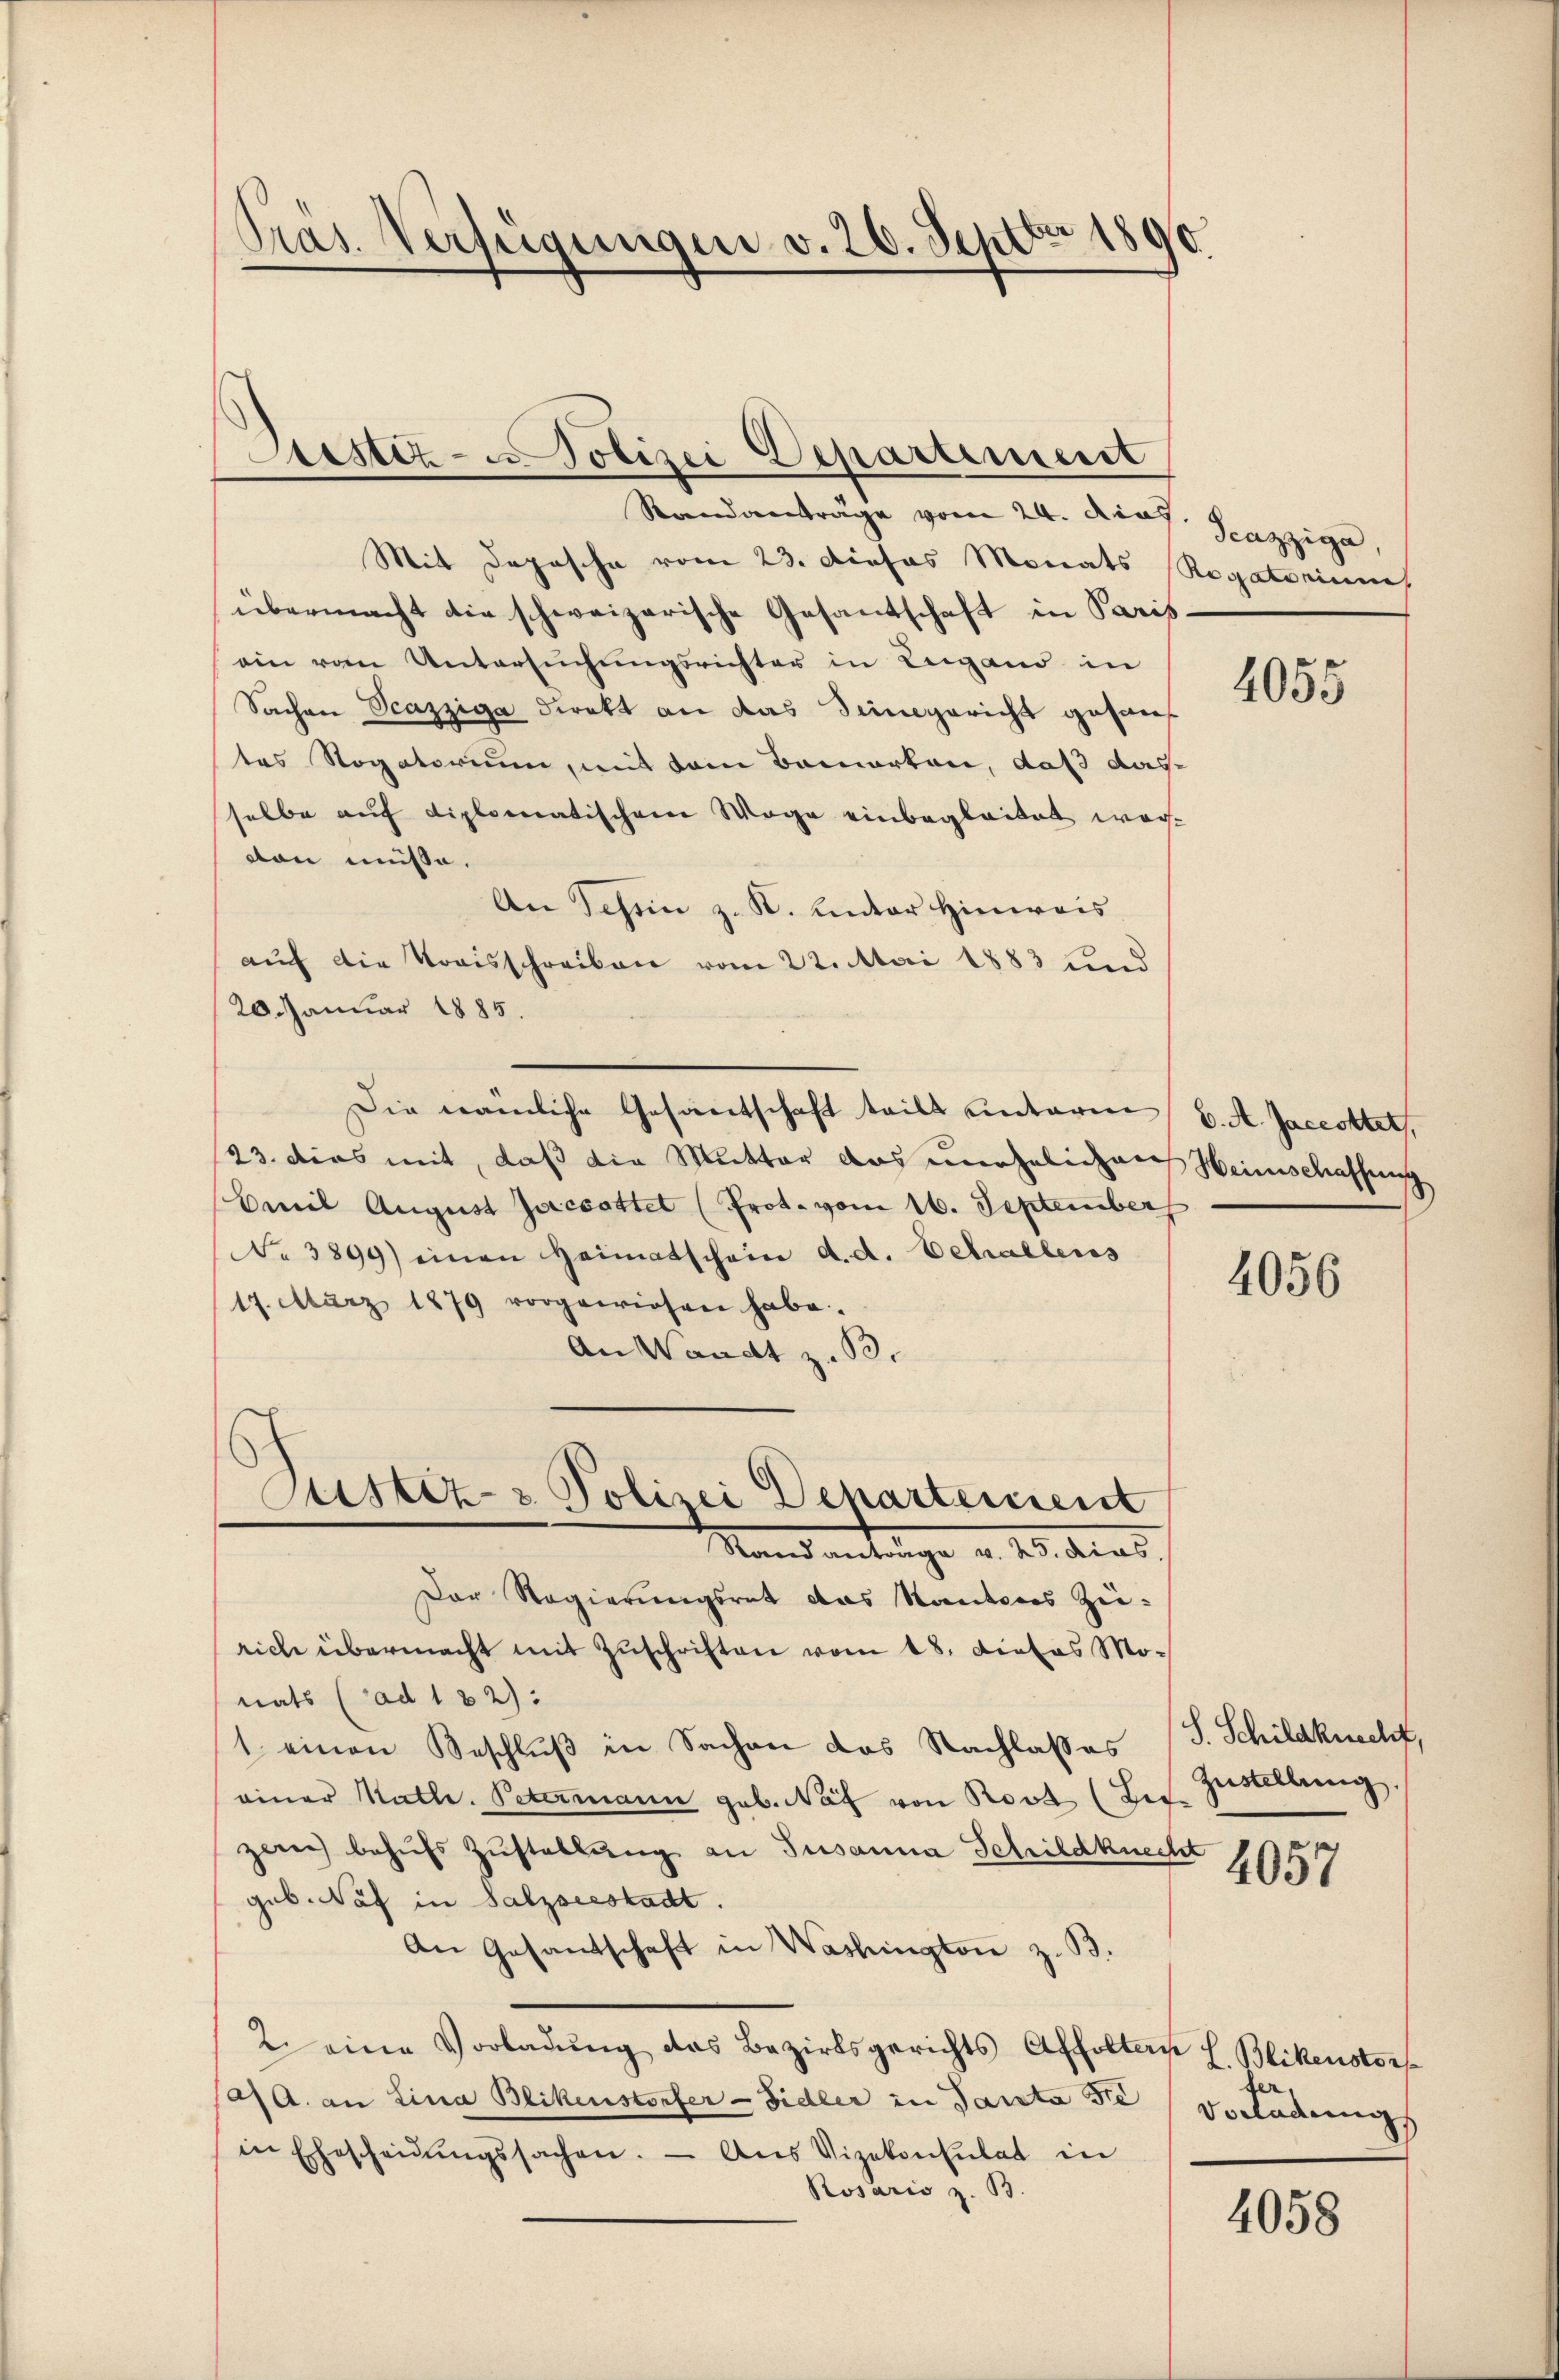
Pras. Verfügungen v. 26. Septbr 1890.

Standanträge vom 24. Das Satzige,
Mit Depesche vom 23. Dieses Monats
übermacht die schweizerische Gesantschaft in Paris.
ein vom Untersŭchŭngsrichter in Lugano in
Sachen Scazziga direkt an das Singericht gesantes Rogatorium, mit dem Bamorten, daß das
selbe auf diplomatischen Wege einbegleitet werton müsse.
An Tessin z. K. unter Hinweis
auf die Kreisschreiben vom 22. Mai 1883 und
20. Januar 1885.
Die nämliche Gesandschaft teilt unterm 6. A. Jacottet,
23. dies mit, daß die Mutter das unehelichen Heimschaffung
Cweil August Jacsattet (Prot. vom 16. September
No 3899) einen Heimatschein d. d. Schallens
17. März 1879 vorgewiesen habe.
An Waadt z. B.
Custiz- & Polizei Departeienst
Stand antrage v. 15. dies
Der Regierungsrat das Kantons Züeiche übermacht mit Zŭschriften vom 18. Dietes Monats (ad 182):
1 einen Beschluß in Sachen das Nachlasses
einer Kath. Petermann geb. Näf von Rosa (Zif.
zen behŭfs Zŭstellŭng an Susanna Schildknecht
geb. Näf in Salzseestadt.
An Gesantschaft in Washington z. B.
2. eine Vorladŭng des Bezirksgerichts Affoltern L. Blickenstorf
(a. a. an Lina Blikenstorfer-Sidler in Panta se Vorladungs
in Ehescheidŭngssachen. - Aus Vizekonsulat in
Rosaris z. B.

Astiz - Polizei Departement

Rogatorinne

4055

4056

S. Schildknecht,
Zustellung.

4057

4058